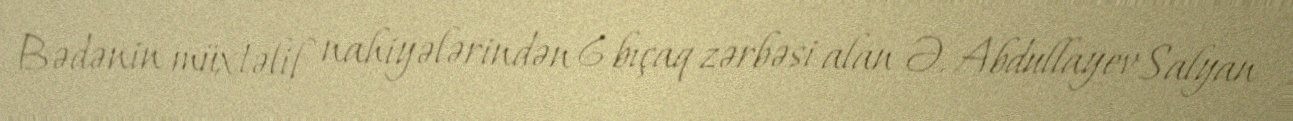
Bədənin müxtəlif nahiyələrindən 6 bıçaq zərbəsi alan Ə. Abdullayev Salyan